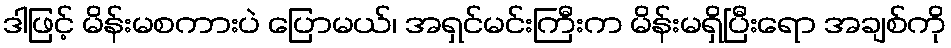
ဒါဖြင့် မိန်းမစကားပဲ ပြောမယ်၊ အရှင်မင်းကြီးက မိန်းမရှိပြီးရော အချစ်ကို